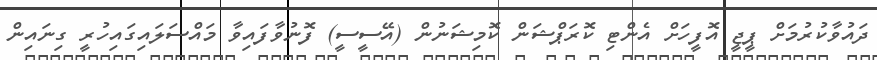
ދައުވާކުރުމަށް ޕީޖީ އޮފީހަށް އެންޓި ކޮރަޕްޝަން ކޮމިޝަނުން (އޭސީސީ) ފޮނުވާފައިވާ މައްސަލައިގައިހުރީ ގިނައިން